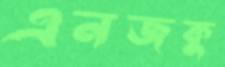
এনজকু